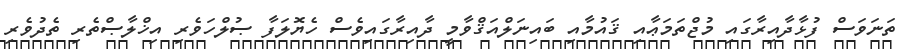
ތަނަވަސް ފުޅާދާއިރާގައި މުޖްތަމަޢާއި ޤައުމާއި ބައިނަލްއަޤްވާމީ ދާއިރާގައިވެސް ހެޔޮލަފާ ޞުލްހަވެރި އިޚްލާޞްތެރި ތެދުވެރި